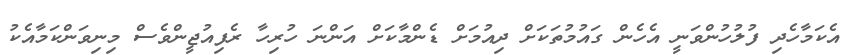
އެކަމާހެދި ފުލުހުންވަނީ އެހެން ގައުމުތަކަށް ދިއުމަށް ޑެންމާކަށް އަންނަ ހުރިހާ ރެފިއުޖީންވެސް މިނިވަންކަމާއެކު